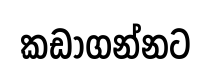
කඩාගන්නට